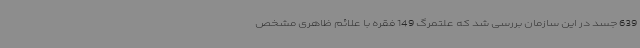
639 جسد در این سازمان بررسی شد که علتمرگ 149 فقره با علائم ظاهری مشخص